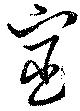
宦